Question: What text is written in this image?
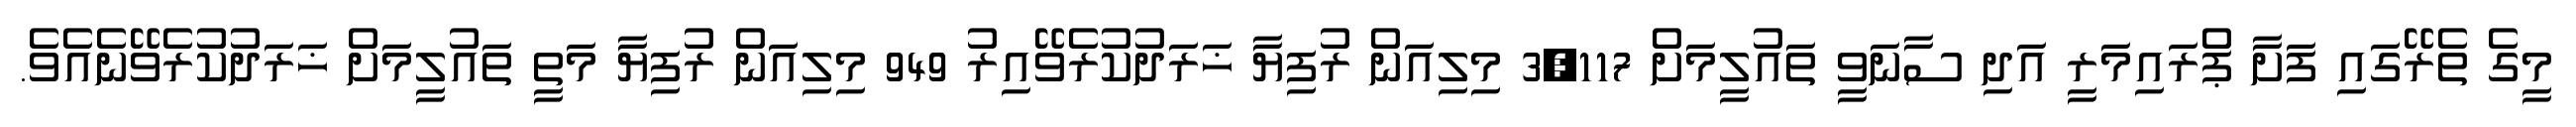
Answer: މީގެ ތެރޭގައި ފަށާ ޕްރައިމަރީ އަދި ސާނަވީ ތައުލީމަށް 3,117 މިލިއަން ރުފިޔާ ޚަރަދުކުރެވޭއިރު 949 މިލިއަން ރުފިޔާ މަތީ ތައުލީމަށް ޚަރަދުކުރެވޭނެއެވެ.